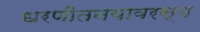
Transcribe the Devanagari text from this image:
धरणीतनयावरस्य